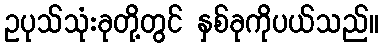
ဥပုသ်သုံးခုတို့တွင် နှစ်ခုကိုပယ်သည်။